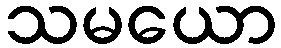
သမယော